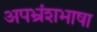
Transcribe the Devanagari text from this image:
अपभ्रंशभाषा